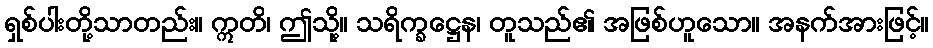
ရှစ်ပါးတို့သာတည်း။ ဣတိ၊ ဤသို့။ သရိက္ခဋ္ဌေန၊ တူသည်၏ အဖြစ်ဟူသော။ အနက်အားဖြင့်။